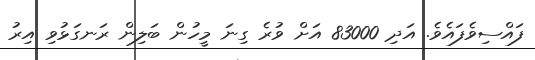
ފައްސިވެފައެވެ. އަދި 83000 އަށް ވުރެ ގިނަ މީހުން ބަލިން ރަނގަޅުވި އިރު